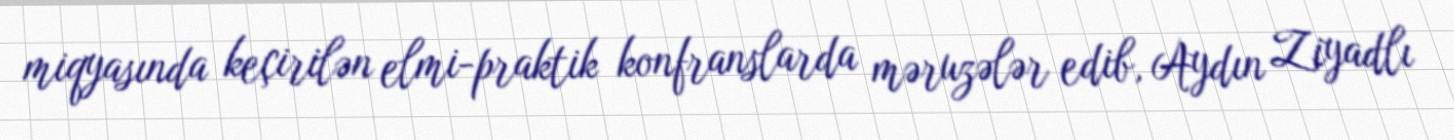
miqyasında keçirilən elmi-praktik konfranslarda məruzələr edib, Aydın Ziyadlı